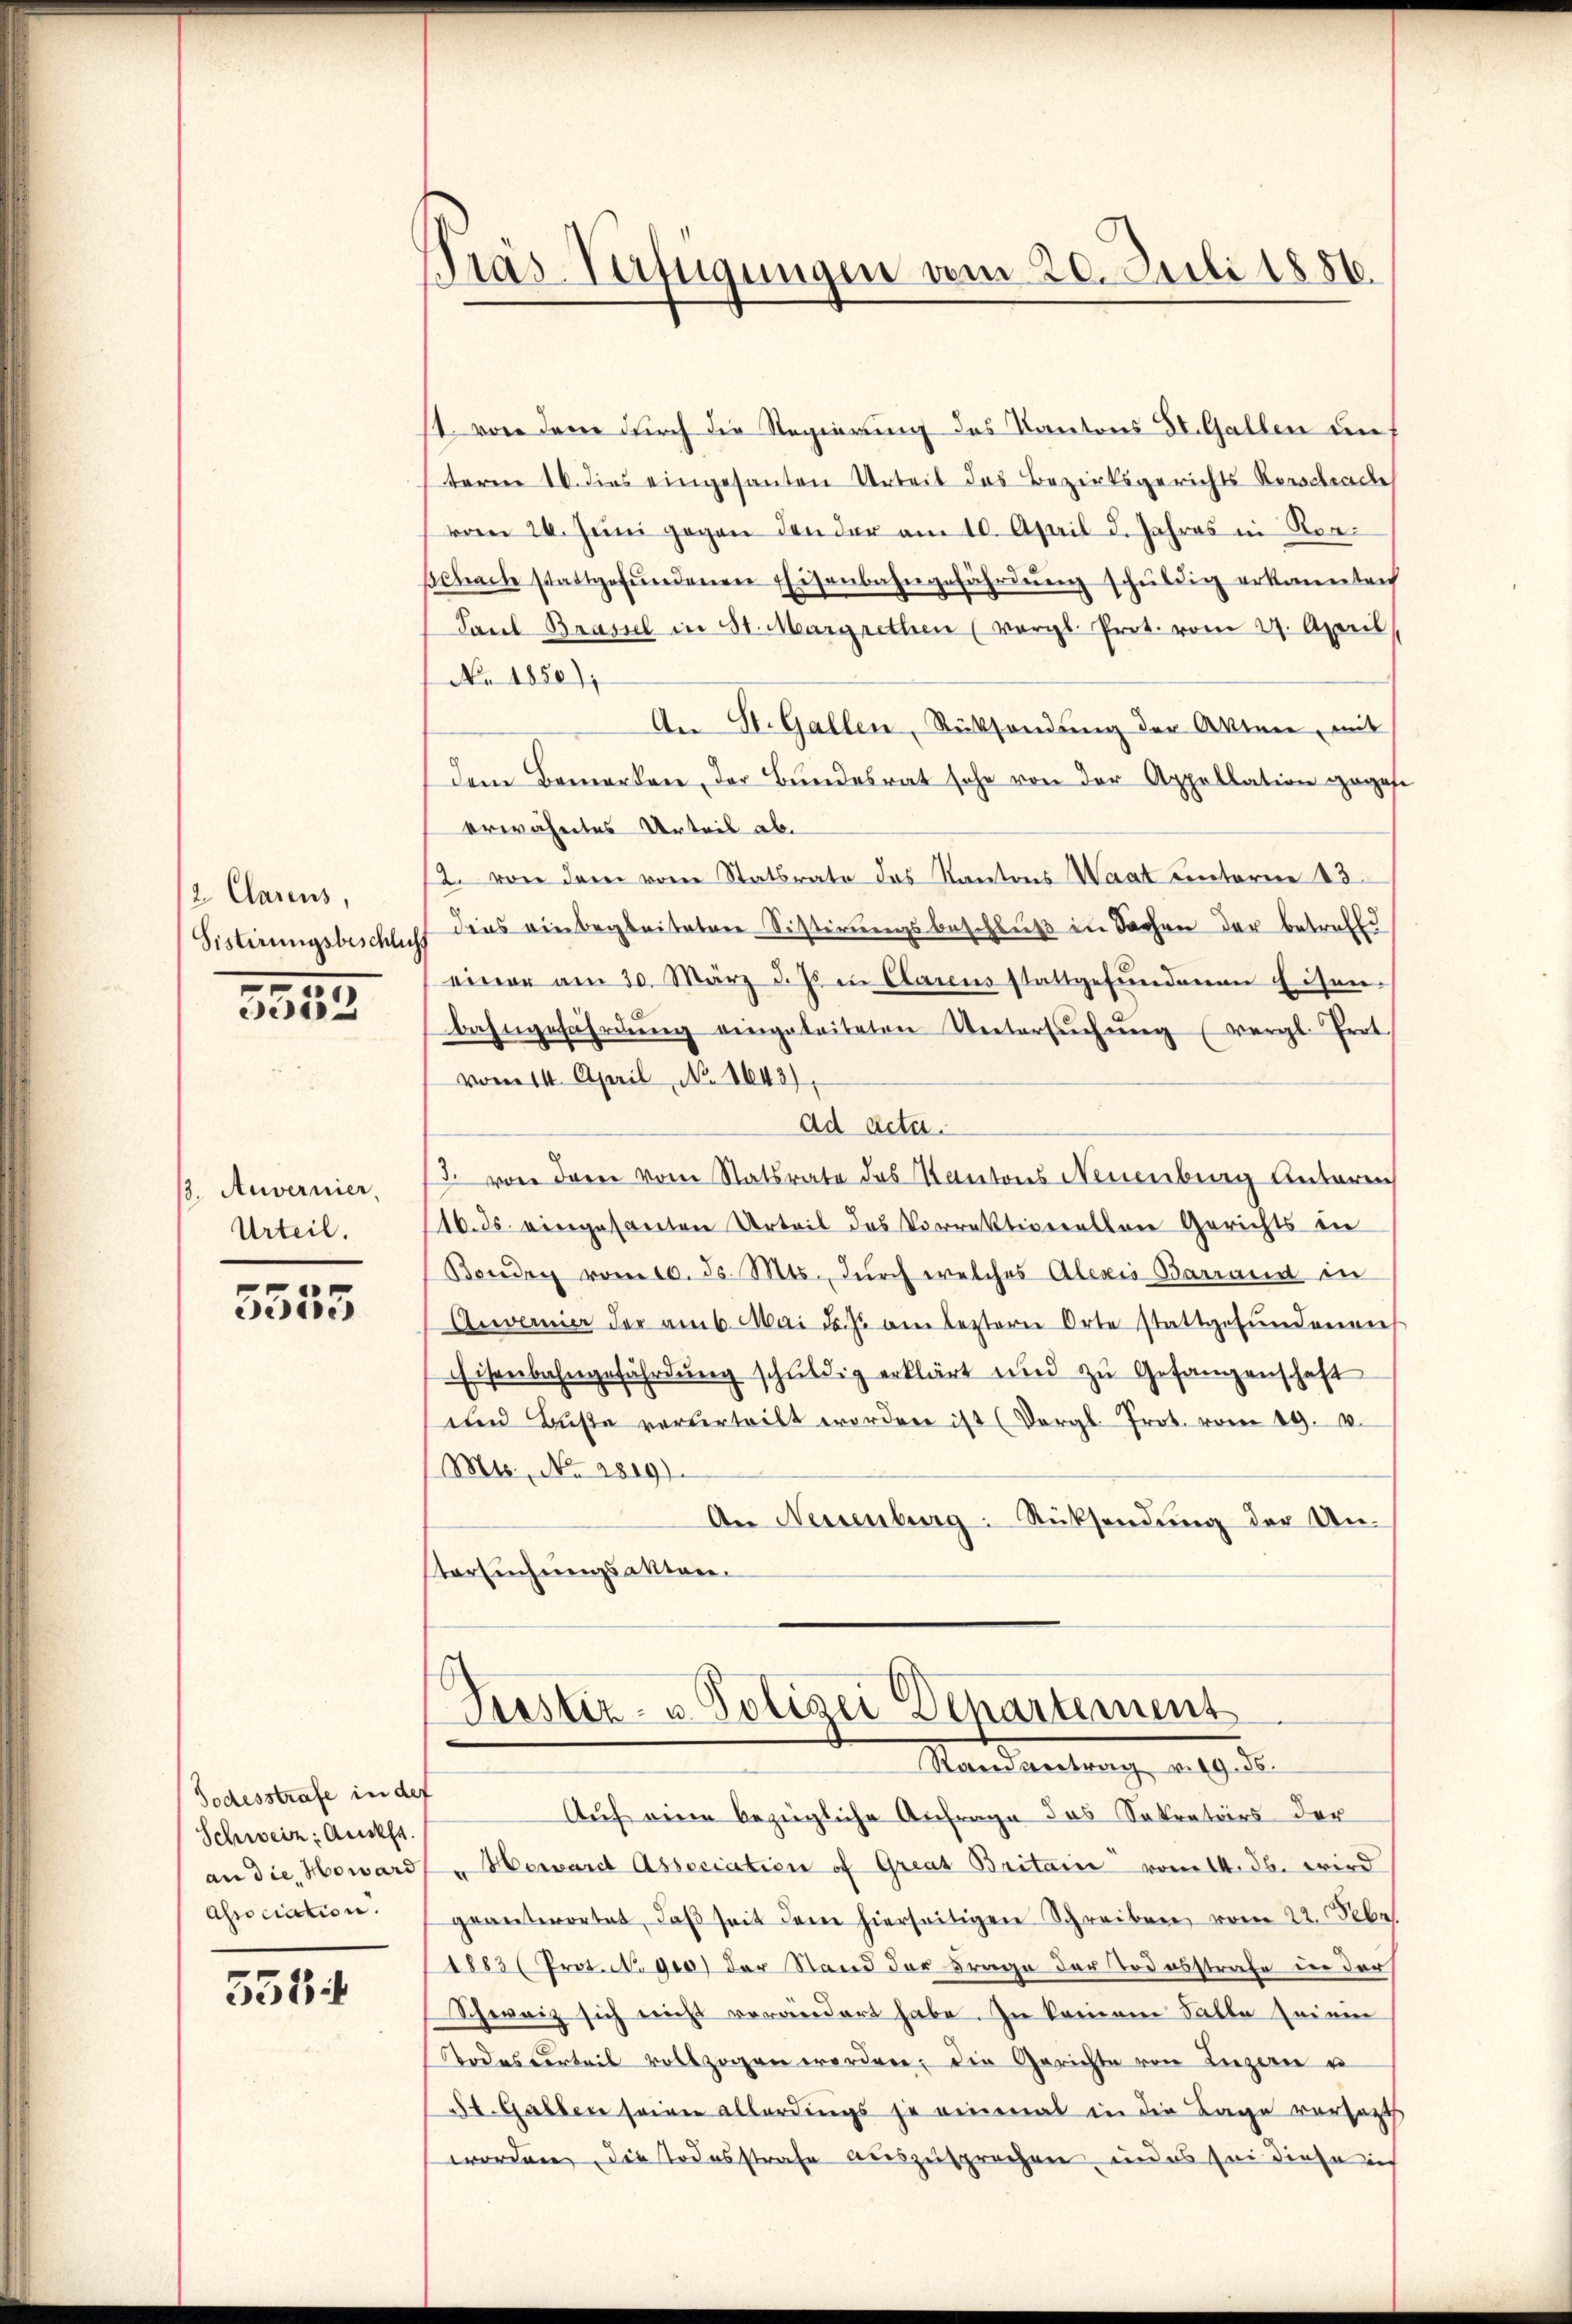
2 Clarens,
Sistirungsbeschlich
.

7
i

3. Auvernier,
Urteil.

5555

Todesstrafe in der
Schweiz. Auss
Association.

558

Pras Verfügungen am 20. Juli 1886.

st von dem durch die Regierung des Kantons St. Gallen aus
term 16. dies eingesanten Arbeit des Bezirksgerichts Rorschracke
vom 26. Juni gegen den der am 10. April d. Jahres in Rorβchach stattgefŭndenen Eisenbahngefährdŭng schuldig erkannten
Paul Brassel in St. Margrethen (vergl. Prot. vom 29. April
No 1850);
An St. Gallen, Rücksendung der Aktner, mit
dem Bemerken, der Bundesrat sehe von der Appellation gegese
erwähntes Urteil ab.
2. von dem von Statsrate das Kantons Waat unterm 13.
dies einbegleiteten Sistirungsbeschluß in Sachen der betreffe
einer am 30. März d. Js in Clarens stattgefŭndenen Eisen-
bahngefährdŭng eingeleiteten Untersŭchŭng (vergl. Prot.
vom 11. April, No 1643),
Ad Acta.
d. von drei vom Statsrate das Kantons Neuenburg Antoren
16. ds. eingesanten Urteil des Vorrektiverellen Gerichts in
Borden vom 10. ds. Mts., durch welches Alexio Barrand in
Anvernier der am 6. Mai das am leztern Orte stattgefŭndenen
Eisenbahngefährdŭng schuldig erklärt und zu Gefangenschaft
und Buße vorderteilt worden ist (Dergl. Prot. vom 19. 10.
Mts. No. 2819).
An Neuenburg: Rücksendŭng der Un-
stersuchungsakten.

Prastiz- u Polizei Departement
Mandantrag, d. 9. d.

Auf eine bezügliche Anfrage das Sekretärs der
an die Howardt u Herard Association of Great Britain vom 14. Jb. wird
geantwortet, daβ seit dem hierseitigen Schreiben vom 22. Febr
1883 (Prot. 800) der Stand der Frage der Todesstrafe in der
Schweiz sich nicht verändert habe. In keinem Falle sei ein
Todesserteil vollzogen worden, die Gerichte von Luzern u
St. Galben seinen allerdings je einmal in die Tage versatt
worden, die Todesstrafe auszusprechen, und es sei diese i